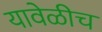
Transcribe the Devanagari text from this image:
यावेळीच